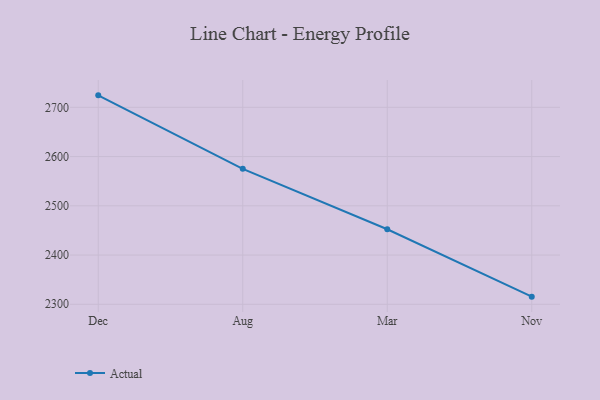
{"axis": {"x": "Month", "y": "Inventory Turnover"}, "legend": ["Actual"], "data": [{"x": "Dec", "y": 2724.3, "type": "Actual"}, {"x": "Aug", "y": 2575.0, "type": "Actual"}, {"x": "Mar", "y": 2452.4, "type": "Actual"}, {"x": "Nov", "y": 2315.5, "type": "Actual"}]}